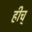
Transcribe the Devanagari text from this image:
हीच्